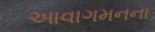
આવાગમનના